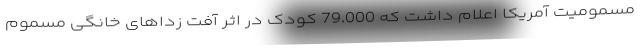
مسمومیت آمریکا اعلام داشت که 79.000 کودک در اثر آفت زداهای خانگی مسموم